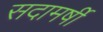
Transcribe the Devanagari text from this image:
सदामर्षी